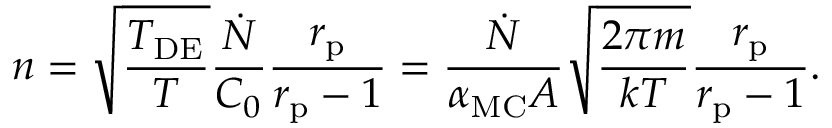
n = \sqrt { \frac { T _ { \mathrm { D E } } } { T } } \frac { \dot { N } } { C _ { 0 } } \frac { r _ { \mathrm { p } } } { r _ { \mathrm { p } } - 1 } = \frac { \dot { N } } { \alpha _ { \mathrm { M C } } A } \sqrt { \frac { 2 \pi m } { k T } } \frac { r _ { \mathrm { p } } } { r _ { \mathrm { p } } - 1 } .